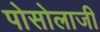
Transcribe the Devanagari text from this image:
पोसोलाजी